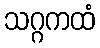
သဂ္ဂကထံ